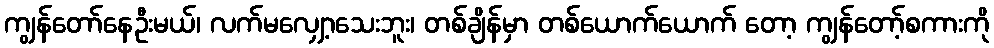
ကျွန်တော်နေဦးမယ်၊ လက်မလျှော့သေးဘူး၊ တစ်ချိန်မှာ တစ်ယောက်ယောက် တော့ ကျွန်တော့်စကားကို